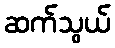
ဆက်သွယ်